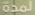
لمدة